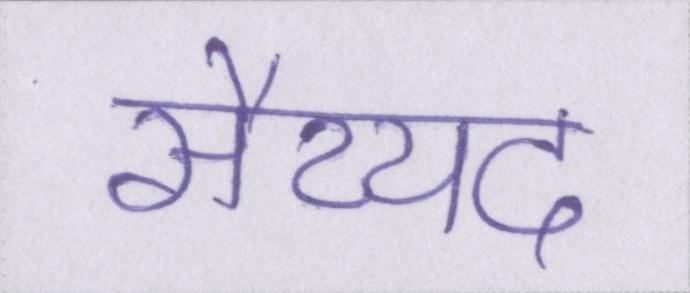
सैय्यद